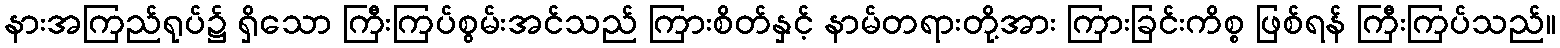
နားအကြည်ရုပ်၌ ရှိသော ကြီးကြပ်စွမ်းအင်သည် ကြားစိတ်နှင့် နာမ်တရားတို့အား ကြားခြင်းကိစ္စ ဖြစ်ရန် ကြီးကြပ်သည်။